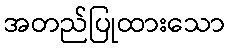
အတည်ပြုထားသော